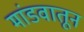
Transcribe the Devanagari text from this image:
मांडवातून